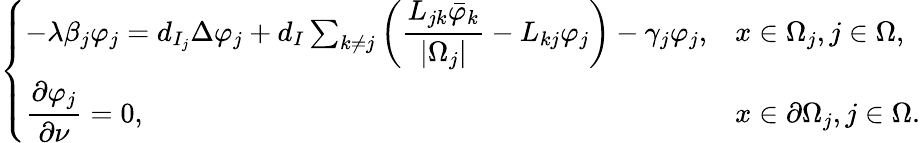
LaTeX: \left\{ \begin{array}{ll}{-\lambda\beta_{j}\varphi_{j}=d_{I_{j}}\Delta\varphi_{j}+d_{I}\sum_{k\neq j}\left(\displaystyle\frac{L_{jk}\bar{\varphi}_{k}}{|\Omega_{j}|}-L_{kj}\varphi_{j}\right)-\gamma_{j}\varphi_{j},}&{x\in\Omega_{j},j\in\Omega,}\\ {\displaystyle\frac{\partial\varphi_{j}}{\partial\nu}=0,}&{x\in\partial\Omega_{j},j\in\Omega.}\end{array}\right.